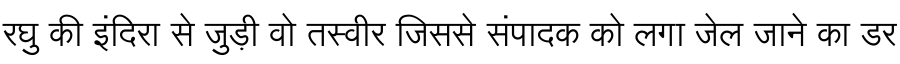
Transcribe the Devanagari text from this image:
रघु की इंदिरा से जुड़ी वो तस्वीर जिससे संपादक को लगा जेल जाने का डर